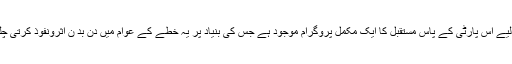
اس مقصد کے لیے اس پارٹی کے پاس مستقبل کا ایک مکمل پروگرام موجود ہے جس کی بنیاد پر یہ خطے کے عوام میں دن بد ن اثرونفوذ کرتی چلی جا رہی ہے۔